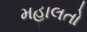
મહાલતો